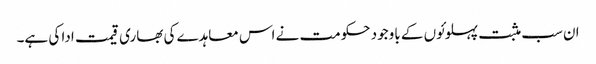
ان سب مثبت پہلوئوں کے باوجود حکومت نے اس معاہدے کی بھاری قیمت ادا کی ہے۔